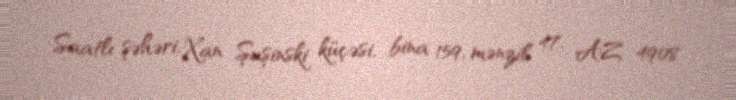
Saatlı şəhəri, Xan Şuşinski küçəsi, bina 159, mənzil 47, AZ 4908